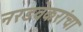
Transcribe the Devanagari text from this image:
नरडवेकरांचा